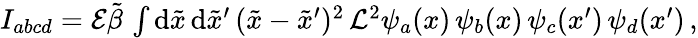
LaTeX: \begin{array}{r}{I_{abcd}=\mathcal{E}\tilde{\beta}\, \int\mathrm{d}\tilde{x}\, \mathrm{d}\tilde{x}^{\prime}\, (\tilde{x}-\tilde{x}^{\prime})^{2}\, \mathcal{L}^{2}\psi_{a}(x)\, \psi_{b}(x)\, \psi_{c}(x^{\prime})\, \psi_{d}(x^{\prime})\, ,}\end{array}